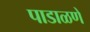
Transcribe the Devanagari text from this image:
पाडाळणे